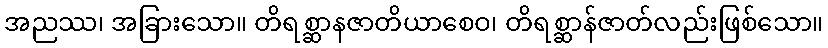
အညဿ၊ အခြားသော။ တိရစ္ဆာနဇာတိယာစေဝ၊ တိရစ္ဆာန်ဇာတ်လည်းဖြစ်သော။